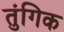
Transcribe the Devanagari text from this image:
तुंगिक